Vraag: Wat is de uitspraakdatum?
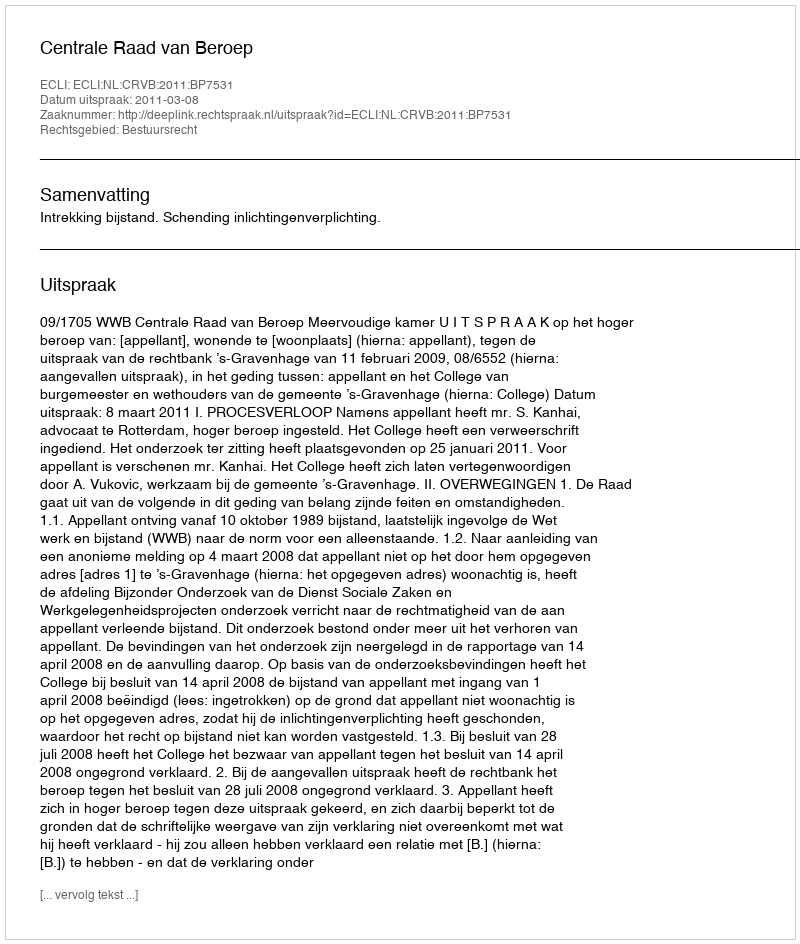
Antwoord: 2011-03-08